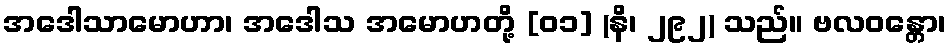
အဒေါသာမောဟာ၊ အဒေါသ အမောဟတို့ [၀၁] (နိ၊ ၂၉၂) သည်။ ဗလဝန္တော၊